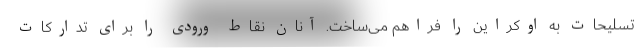
تسلیحات به اوکراین را فراهم می‌ساخت. آنان نقاط ورودی را برای تدارکات